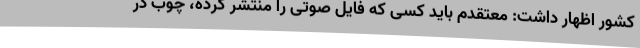
کشور اظهار داشت: معتقدم باید کسی که فایل صوتی را منتشر کرده، چوب در